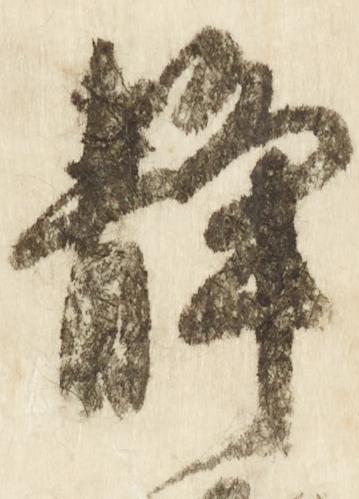
静